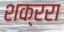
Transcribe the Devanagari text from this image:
शक्ररा